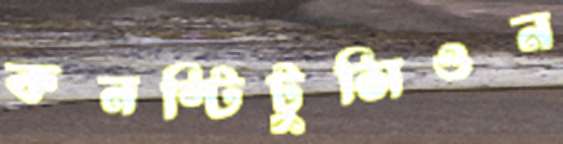
কনস্টিটুসিওন